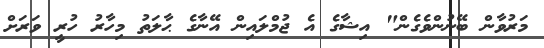
މަރުވާން ބޭނުންވެގެން" އިޝާގެ އެ ޖުމްލައިން އޭނާގެ ޙާލަތު މިހާރު ހުރީ ވަރަށް